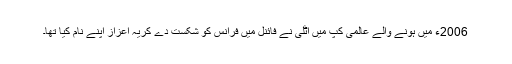
2006ء میں ہونے والے عالمی کپ میں اٹلی نے فائنل میں فرانس کو شکست دے کریہ اعزاز اپنے نام کیا تھا۔